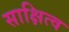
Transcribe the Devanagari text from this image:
साक्षित्व